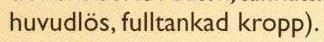
huvudlös, fulltankad kropp).